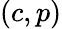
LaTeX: (c,p)